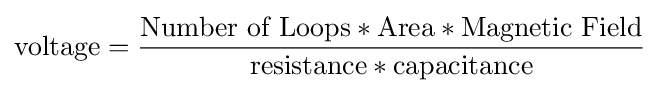
{\text{voltage}}={\frac {{\text{Number of Loops}}*{\text{Area}}*{\text{Magnetic Field}}}{{\text{resistance}}*{\text{capacitance}}}}